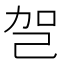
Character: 㠰